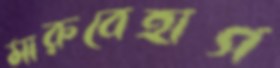
মারুবেহাগ